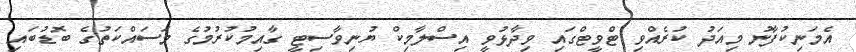
އެމަނިކުފާނު މިއަދު ކުރެއްވި ޓްވީޓްގައި ވިދާޅުވީ އިސްލާމިކް ޔުނިވާސިޓީ ގާއިމުކުރުމުގެ މަސައްކަތުގެ ބޮޑުބައި